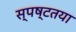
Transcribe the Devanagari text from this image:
स्‍पष्‍टतया